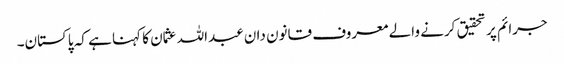
جرائم پر تحقیق کرنے والے معروف قانون دان عبداللہ عثمان کا کہنا ہے کہ پاکستان۔